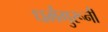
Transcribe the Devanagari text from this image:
धर्मगुरूनी